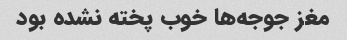
مغز جوجه‌ها خوب پخته نشده بود